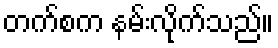
တက်စက နမ်းလိုက်သည်။